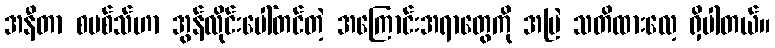
အနီတာ စမစ်သ်ဟာ အွန်လိုင်းပေါ်တင်တဲ့ အကြောင်းအရာတွေကို အမြဲ သတိထားလေ့ ရှိပါတယ်။